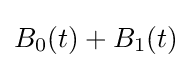
B_{0}(t)+B_{1}(t)